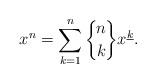
LaTeX: \begin{align*} x^n = \sum_{k=1}^n \bigg\{\!{n\atop k}\!\bigg\} x^{\underline{k}}.\end{align*}